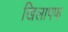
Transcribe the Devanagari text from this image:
खिलापफ